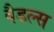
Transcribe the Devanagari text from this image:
वैडल्स